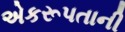
એકરૂપતાની